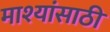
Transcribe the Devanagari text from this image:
माश्यांसाठी